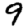
Digit: 9